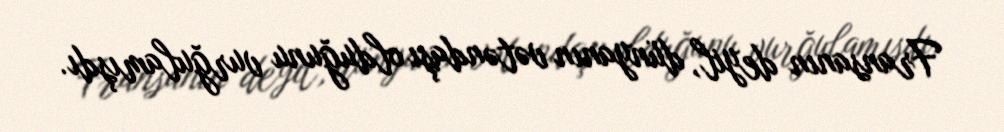
Fransanın deyil, dünyanın vətəndaşı olduğunu vurğulamışdı.